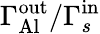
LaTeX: \Gamma_{\mathrm{Al}}^{\mathrm{out}}/\Gamma_{s}^{\mathrm{in}}